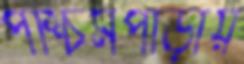
পশ্চিমপাড়ায়